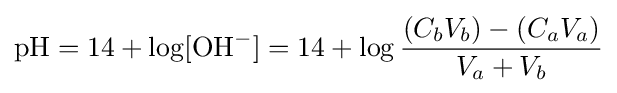
{\mathrm {pH} }=14+\log[{\mathrm {OH} {\vphantom {A}}^{-}}]=14+\log {\frac {(C_{b}V_{b})-(C_{a}V_{a})}{V_{a}+V_{b}}}